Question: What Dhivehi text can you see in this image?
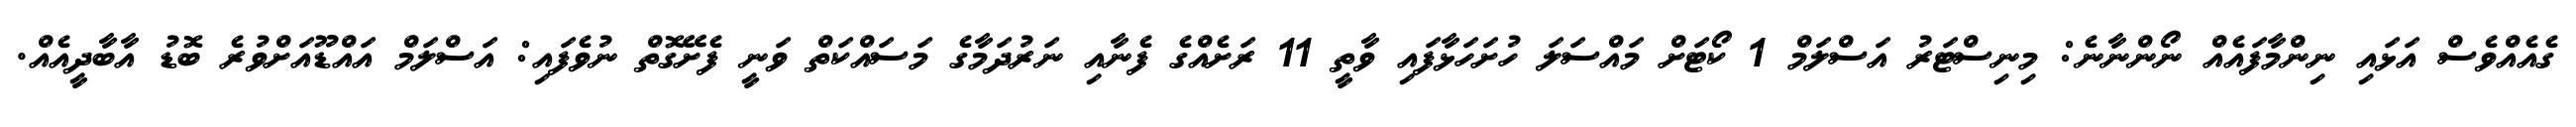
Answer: ގެއެއްވެސް އަޅައި ނިންމާފައެއް ނޯންނާނެ: މިނިސްޓަރު އަސްލަމް 1 ކޯޓަށް މައްސަލަ ހުށަހަޅާފައި ވާތީ 11 ރަށެއްގެ ފެނާއި ނަރުދަމާގެ މަސައްކަތް ވަނީ ފެށޭގޮތް ނުވެފައި: އަސްލަމް އައްޑޫއަށްވުރެ ބޮޑު އާބާދީއެއް.